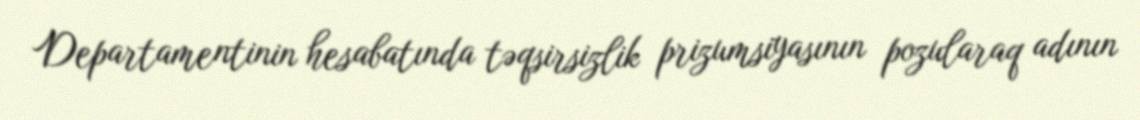
Departamentinin hesabatında təqsirsizlik prizumsiyasının pozularaq adının